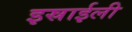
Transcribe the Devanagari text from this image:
इस्राईली